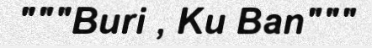
"""Buri , Ku Ban"""